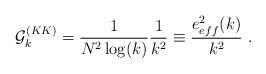
LaTeX: \begin{align*}{\cal G}_k^{(KK)} = \frac{1}{N^2 \log(k)} \frac{1}{k^2} \equiv \frac{e_{eff}^2(k)}{k^2}~.\end{align*}